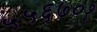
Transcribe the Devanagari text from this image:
५५६७०१